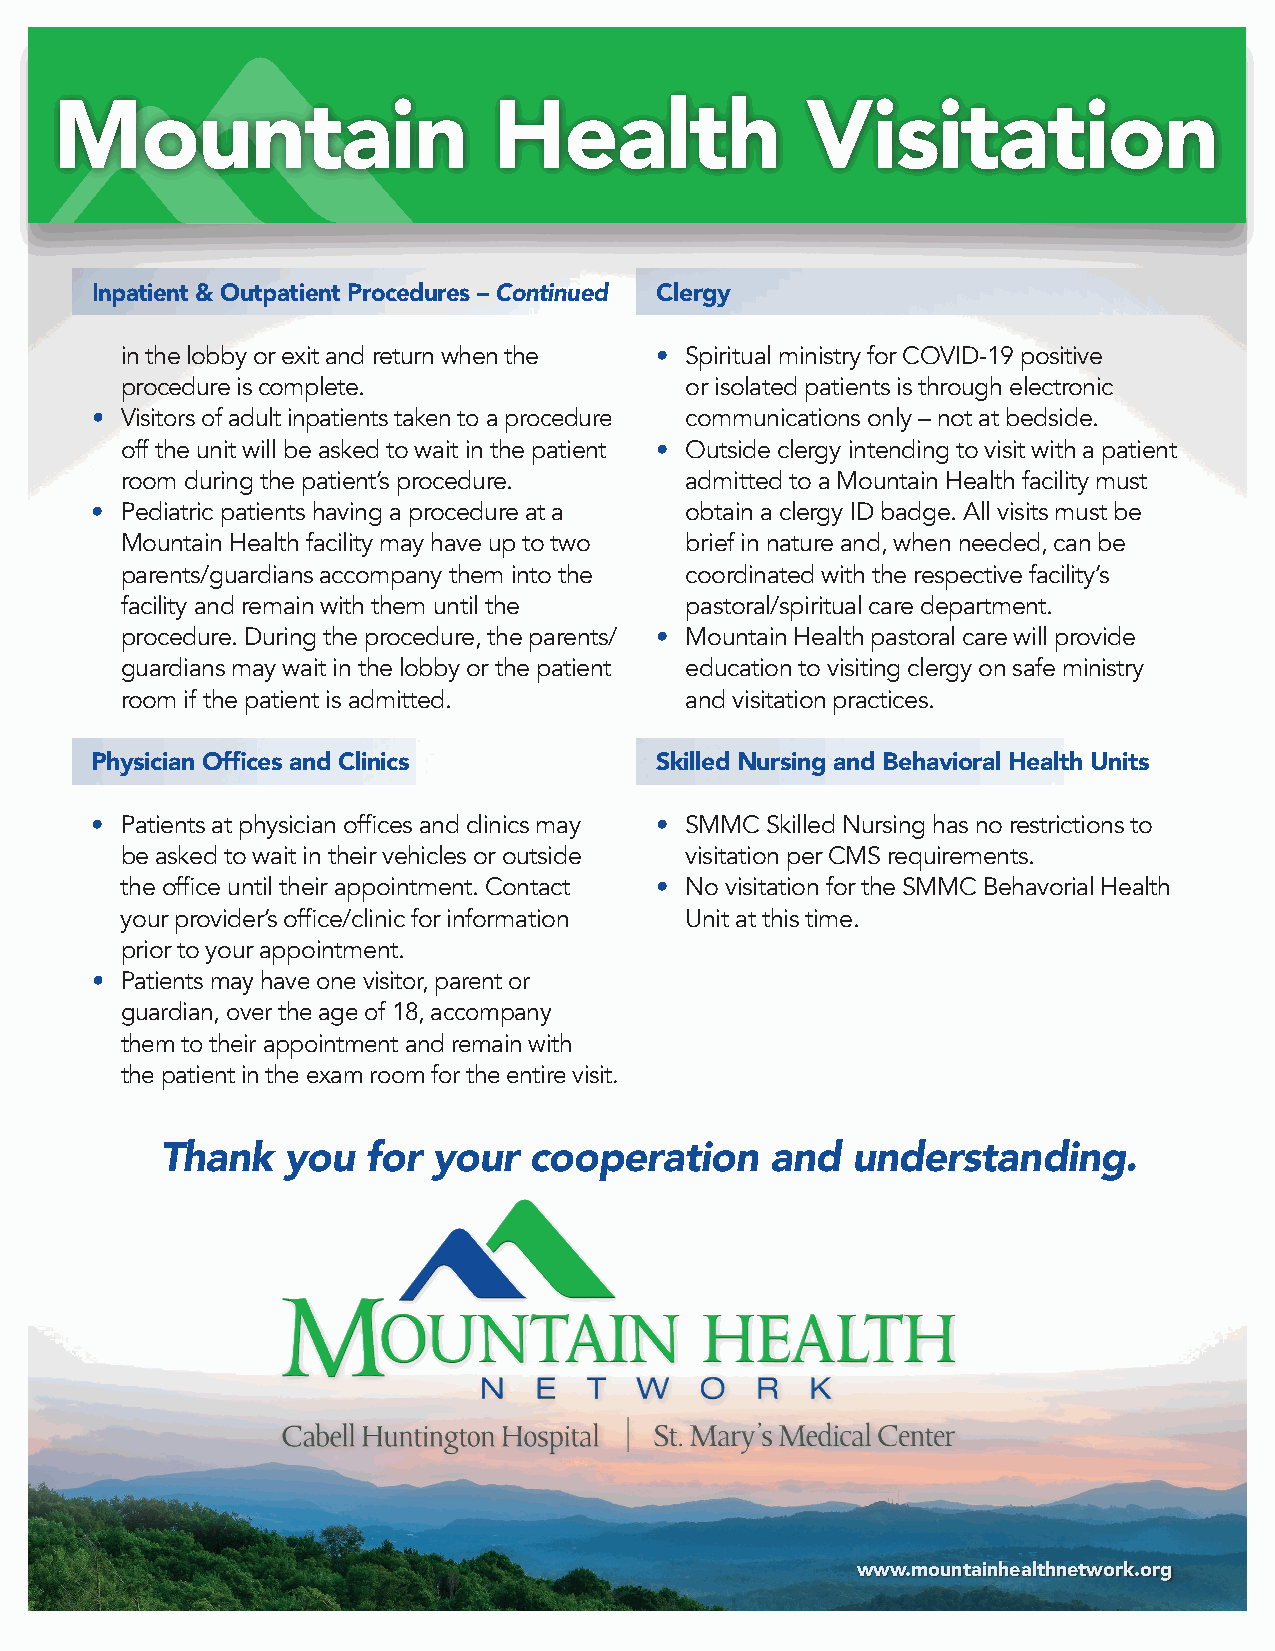
Mountain                     Health              Visitation
 Inpatient & Outpatient Procedures – Continued Clergy
 in the lobby or exit and return when the • Spiritual ministry for COVID-19 positive
 procedure is complete.               or isolated patients is through electronic
 • Visitors of adult inpatients taken to a procedure communications only – not at bedside.
 off the unit will be asked to wait in the patient • Outside clergy intending to visit with a patient
 room during the patient’s procedure. admitted to a Mountain Health facility must
 • Pediatric patients having a procedure at a obtain a clergy ID badge. All visits must be
 Mountain Health facility may have up to two brief in nature and, when needed, can be
 parents/guardians accompany them into the coordinated with the respective facility’s
 facility and remain with them until the pastoral/spiritual care department.
 procedure. During the procedure, the parents/ • Mountain Health pastoral care will provide
 guardians may wait in the lobby or the patient education to visiting clergy on safe ministry
 room if the patient is admitted.     and visitation practices.
 Physician Offices and Clinics        Skilled Nursing and Behavioral Health Units
 • Patients at physician offices and clinics may • SMMC Skilled Nursing has no restrictions to
 be asked to wait in their vehicles or outside visitation per CMS requirements.
 the office until their appointment. Contact • No visitation for the SMMC Behavorial Health
 your provider’s office/clinic for information Unit at this time.
 prior to your appointment.
 • Patients may have one visitor, parent or
 guardian, over the age of 18, accompany
 them to their appointment and remain with
 the patient in the exam room for the entire visit.
 Thank   you  for  your  cooperation     and  understanding.
 www.mountainhealthnetwork.org